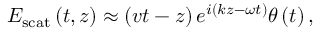
E _ { \mathrm { s c a t } } \left( t , z \right) \approx \left( v t - z \right) e ^ { i \left( k z - \omega t \right) } \theta \left( t \right) ,